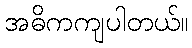
အဓိကကျပါတယ်။